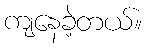
ကျနေခဲ့တယ်။